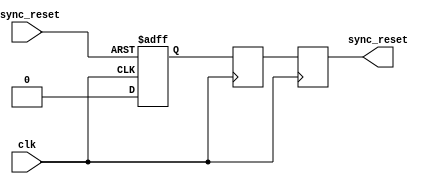
module async_reset_synchronizer (
    input wire async_reset, // Asynchronous reset signal
    input wire clk,         // Clock signal
    output reg sync_reset   // Synchronized reset signal
);

    // Two-stage flip-flop synchronizer
    reg sync_ff1; // First flip-flop
    reg sync_ff2; // Second flip-flop

    // Asynchronous reset detection and synchronization logic
    always @(posedge clk or posedge async_reset) begin
        if (async_reset) begin
            sync_ff1 <= 1'b1;   // Assert during asynchronous reset
        end else begin
            sync_ff1 <= 1'b0;   // De-assert on next clock edge
        end
    end

    // Second stage to mitigate metastability
    always @(posedge clk) begin
        sync_ff2 <= sync_ff1; // Capture the output of the first FF
    end

    // Generate synchronized reset signal
    always @(posedge clk) begin
        sync_reset <= sync_ff2; // Output the synchronized signal
    end

endmodule